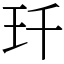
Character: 𤣳